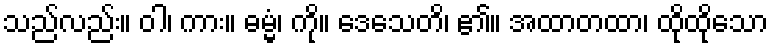
သည်လည်း။ ဝါ၊ ကား။ ဓမ္မံ၊ ကို။ ဒေသေတိ၊ ၏။ အထာတထာ၊ ထိုထိုသော